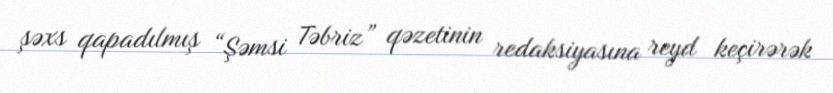
şəxs qapadılmış “Şəmsi Təbriz” qəzetinin redaksiyasına reyd keçirərək